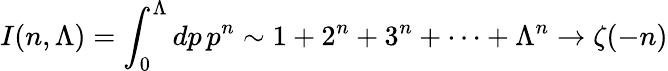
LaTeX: I(n,\Lambda)=\int_{0}^{\Lambda}dp\, p^{n}\sim 1+2^{n}+3^{n}+\cdots+\Lambda^{n}\to\zeta(-n)